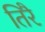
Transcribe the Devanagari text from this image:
तिरै